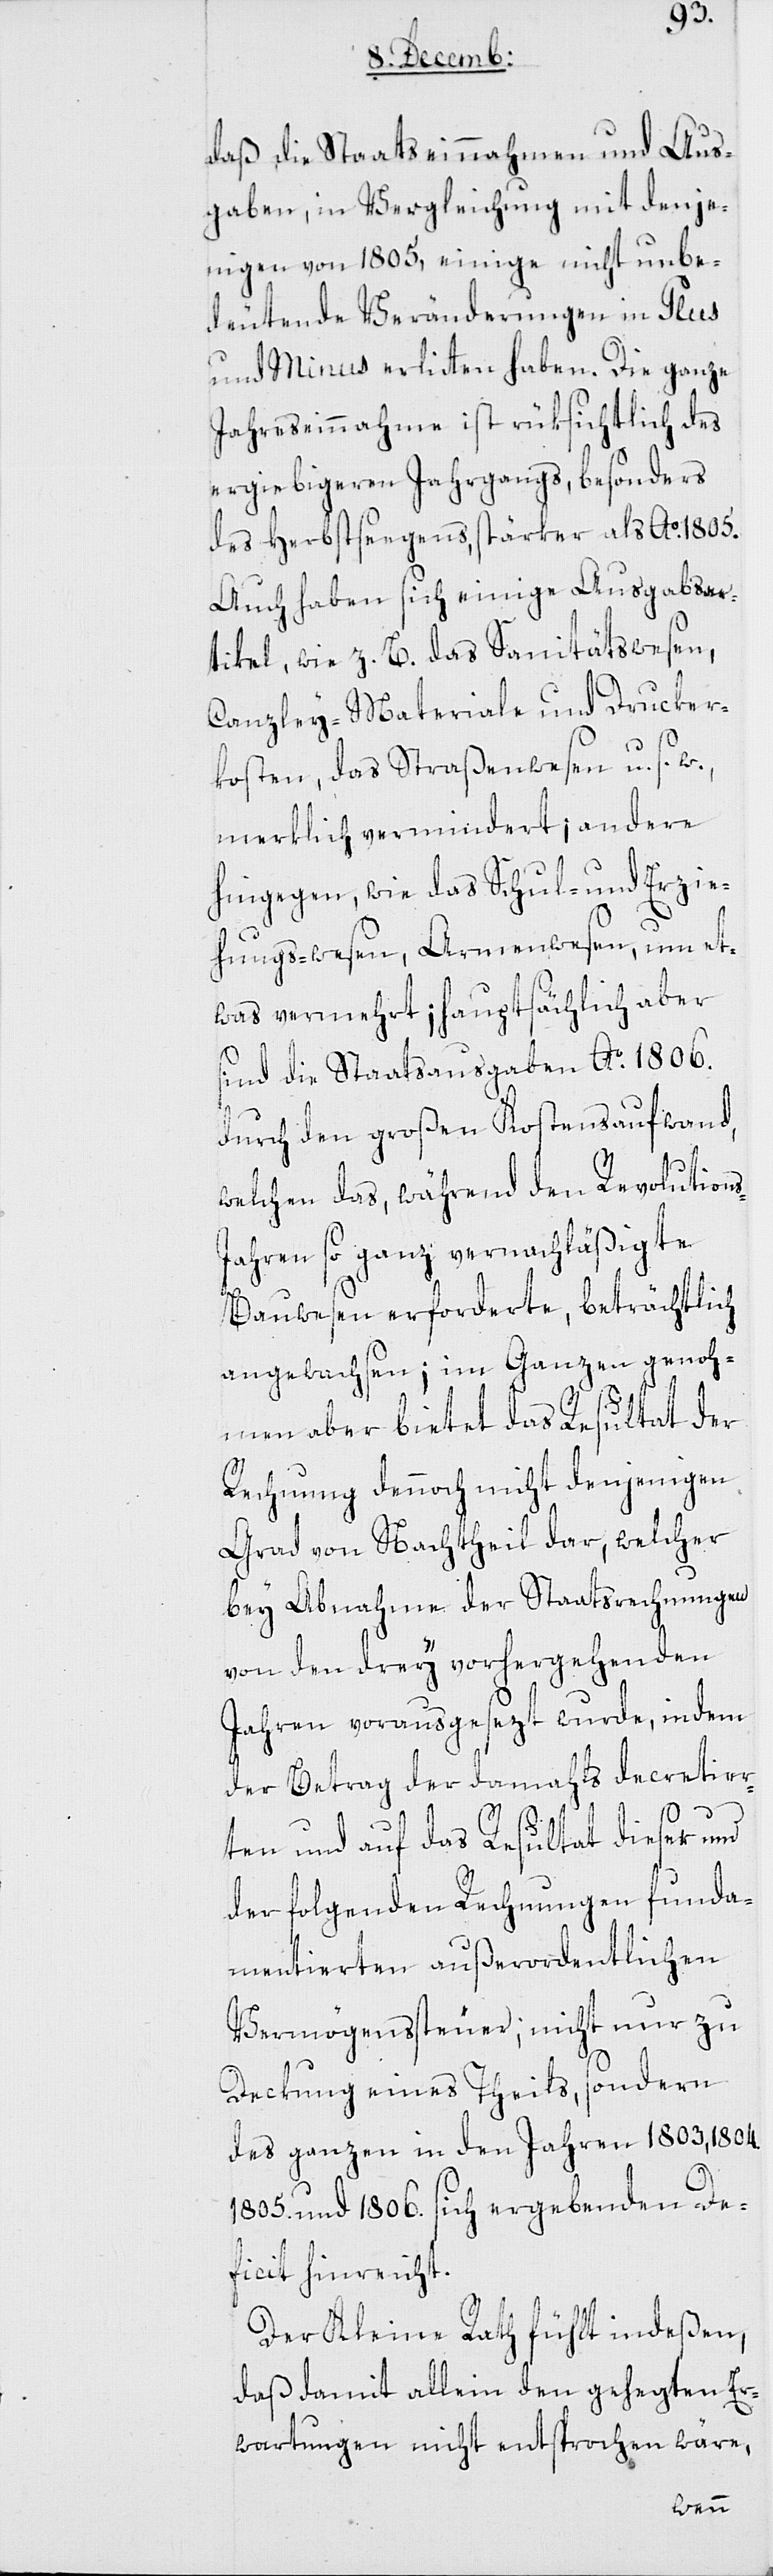
daß die Staatseinnahmen und Aus¬
gaben, in Vergleichung mit denje¬
nigen von 1805, einige nicht unbe¬
deutende Veränderungen in Plus
und Minus erlitten haben. Die ganze
Jahreseinnahme ist rüksichtlich des
ergiebigeren Jahrgangs, besonders
des Herbstsegens, stärker als Ao 1805.
Auch haben sich einige Ausgaben¬
titel, wie z. B. das Sanitätswesen,
Canzley-Materiale und Drucker¬
kosten, das Straßenwesen u. s. w.,
merklich vermindert, andere
hingegen, wie das Schul- und Erzie¬
hungs-Wesen, Armenwesen, um et¬
was vermehrt; hauptsächlich aber
sind die Staatsausgaben Ao 1806.
durch den großen Kostensaufwand,
welchen das während den Revolution¬
s-Jahren so ganz vernachläßigte
Bauwesen erforderte, beträchtlich
angewachsen; im Ganzen genoh¬
men aber bietet das Resultat der
Rechnung dennoch nicht denjenigen
Grad von Nachtheil dar, welcher
bey Abnahme der Staatsrechnungen
von den drey vorhergehenden
Jahren vorausgesezt wurde, indem
der Betrag der damahls decretier¬
ten und auf das Resultat dieser und
der folgenden Rechnungen funda¬
mentierten außerordentlichen
Vermögenssteuer; nicht nur zu
Deckung eines Theils, sondern
des ganzen in den Jahren 1803, 1804,
1805. und 1806. sich ergebenden De¬
ficit hinreicht.
Der Kleine Rath fühlt indeßen,
daß damit allein den gehegten Er¬
wartungen nicht entsprochen wäre,